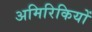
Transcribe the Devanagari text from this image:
अमिरिकियों